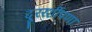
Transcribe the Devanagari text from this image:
दूररर्शीपणा